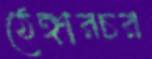
ঠেঙ্গারচর